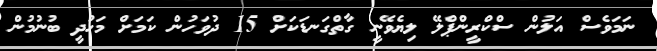
ނަމަވެސް އަލުން ސްކްރީންޕްލޭ ލިޔެވޭނީ ގާތްގަނޑަކަށް 15 ދުވަހުން ކަމަށް މަހުދީ ބުނުމުން